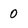
Character: 0